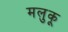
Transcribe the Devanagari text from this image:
मलुकू